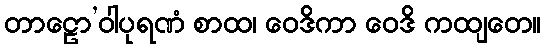
တာဠော’ဝါပုရဏံ စာထ၊ ဝေဒိကာ ဝေဒိ ကထျတေ။